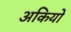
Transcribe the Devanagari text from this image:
अकियो